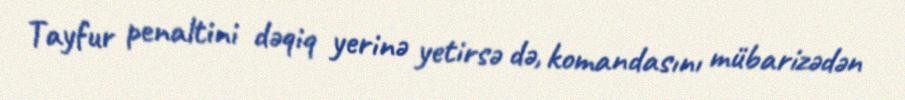
Tayfur penaltini dəqiq yerinə yetirsə də, komandasını mübarizədən